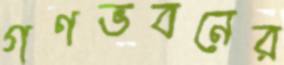
গণভবনের